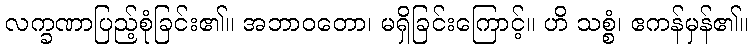
လက္ခဏာပြည့်စုံခြင်း၏။ အဘာဝတော၊ မရှိခြင်းကြောင့်။ ဟိ သစ္စံ၊ ဧကန်မှန်၏။